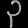
Digit: ၃